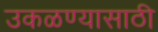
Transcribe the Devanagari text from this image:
उकळण्यासाठी